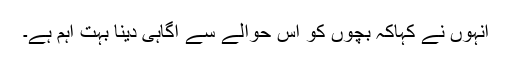
انہوں نے کہاکہ بچوں کو اس حوالے سے آگاہی دینا بہت اہم ہے۔